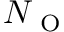
N _ { \mathrm { ~ O ~ } }